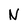
Character: N